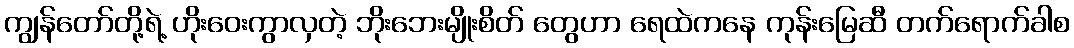
ကျွန်တော်တို့ရဲ့ ဟိုးဝေးကွာလှတဲ့ ဘိုးဘေးမျိုးစိတ် တွေဟာ ရေထဲကနေ ကုန်းမြေဆီ တက်ရောက်ခါစ